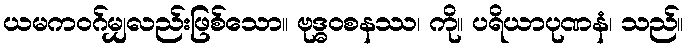
ယမကဝဂ်မျှလည်းဖြစ်သော။ ဗုဒ္ဓဝစနဿ၊ ကို။ ပရိယာပုဏနံ၊ သည်။